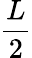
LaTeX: \frac{L}{2}